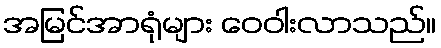
အမြင်အာရုံများ ဝေဝါးလာသည်။